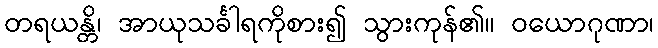
တရယန္တိ၊ အာယုသင်္ခါရကိုစား၍ သွားကုန်၏။ ဝယောဂုဏာ၊